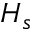
H _ { s }